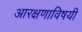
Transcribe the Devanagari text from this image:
आरक्षणाविषयी